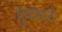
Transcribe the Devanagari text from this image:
ध्रुवांसाठी